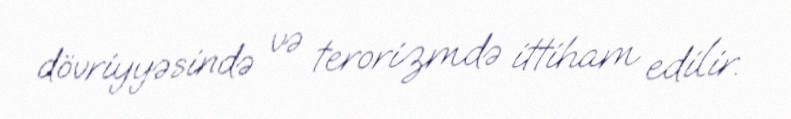
dövriyyəsində və terorizmdə ittiham edilir.